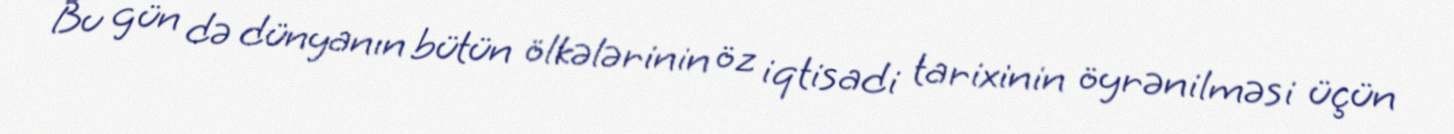
Bu gün də dünyanın bütün ölkələrinin öz iqtisadi tarixinin öyrənilməsi üçün